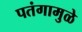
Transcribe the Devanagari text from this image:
पतंगामुळे